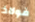
فولاذ